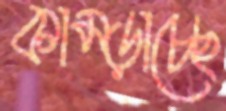
কাম্‌ড়াচ্ছে